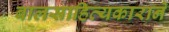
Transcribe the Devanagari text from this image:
बालसाहित्यकाराने